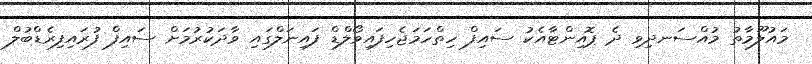
މައުލޫމާތު މުއްސަނދިވި ދެ ޕޮއިންޓާއެކު ސައިފް ހިތްހަމަޖެހިފައިވޯލްޑް ފައިނަލްގައި ވާދަކުރުމަށް ސައިފް ފުރައިފިރެޑްބުލް